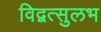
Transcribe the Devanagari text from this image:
विद्वत्सुलभ